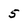
Character: 5